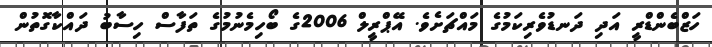
ހަޒްބެންޑްރީ އަދި ދަނޑުވެރިކަމުގެ މައްޗަށެވެ. އޭޕްރީލް 2006ގެ ބޯހިމެނުމުގެ ތަފާސް ހިސާބު ދައްކާގޮތުން